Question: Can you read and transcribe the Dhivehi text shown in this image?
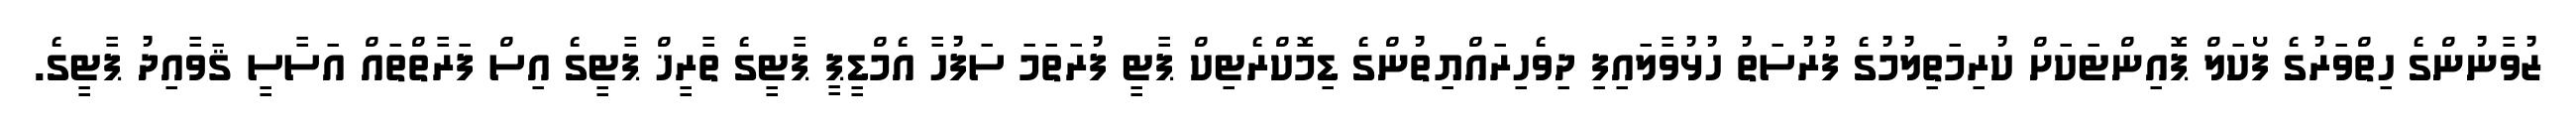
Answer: ޒުވާނުންގެ ހިތްވަރުގެ ފޯކަލް ޕޮއިންޓަކަށް ކުރިމަތިލުމުގެ ފުރުސަތު ހުޅުވާލައިފި ދިވެހިރައްޔިތުންގެ ޑިމޮކްރެޓިކް ޕާޓީ ފުރަތަމަ ސަފުހާ އެމްޑީޕީ ޕާޓީގެ ތާރީޚް ޕާޓީގެ އިސް ފަރާތްތައް އަސާސީ ޤަވާއިދު ޕާޓީގެ.